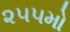
૨૫૫મો